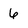
Character: 6